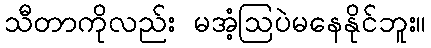
သီတာကိုလည်း မအံ့ဩပဲမနေနိုင်ဘူး။